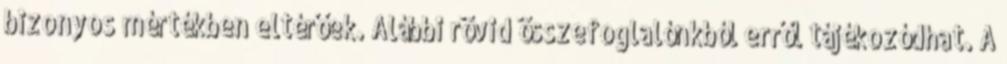
bizonyos mértékben eltérőek. Alábbi rövid összefoglalónkból erről tájékozódhat. A